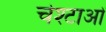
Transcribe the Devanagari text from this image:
चेश्टाओं